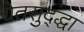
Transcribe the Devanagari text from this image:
येतसुद्द्धा